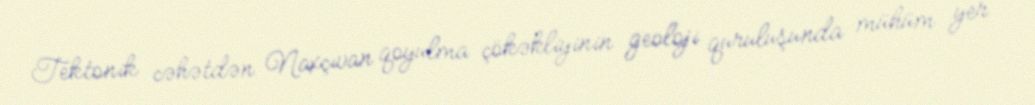
Tektonik cəhətdən Naxçıvan qoyulma çökəkliyinin geoloji quruluşunda mühüm yer